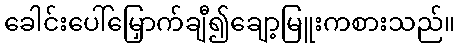
ခေါင်းပေါ်မြှောက်ချီ၍ချော့မြူးကစားသည်။